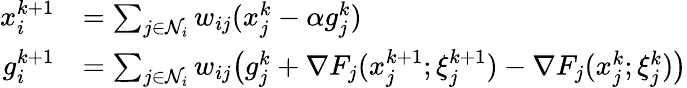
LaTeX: \begin{array}{rl}{x_{i}^{k+1}}&{=\sum_{j\in{\mathcal{N}}_{i}}w_{ij}(x_{j}^{k}-\alpha g_{j}^{k})}\\ {g_{i}^{k+1}}&{=\sum_{j\in{\mathcal{N}}_{i}}w_{ij}\big(g_{j}^{k}+{\nabla}F_{j}(x_{j}^{k+1};\xi_{j}^{k+1})-{\nabla}F_{j}(x_{j}^{k};\xi_{j}^{k})\big)}\end{array}